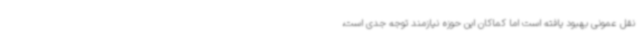
نقل عمونی بهبود یافته است اما کماکان این حوزه نیازمند توجه جدی است،